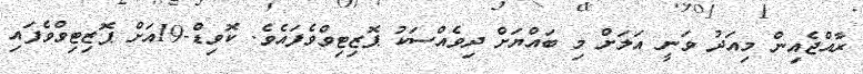
ރާއްޖެއިން މިއަދު ވަނީ އަލަށް މި ބައްޔަށް ދިވެއްސަކު ޕޮޒިޓިވްވެފައެވެ. ކޮވިޑް-19އަށް ޕޮޒިޓިވްވެފައި